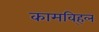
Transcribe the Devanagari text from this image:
कामवि्हल